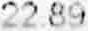
22.89